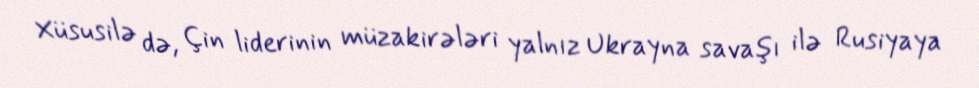
Xüsusilə də, Çin liderinin müzakirələri yalnız Ukrayna savaşı ilə Rusiyaya